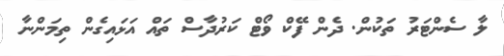
ލާ ސެންޓަރު ތަކުން. ދެން ފޭކް ވޯޓް ކަރުދާސް ތައް އަޅައިގެން ތިމަންނާ